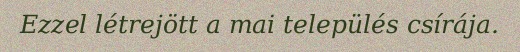
Ezzel létrejött a mai település csírája.